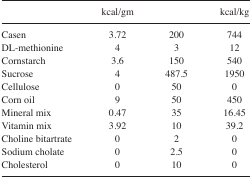
<table><thead><tr><td>[EMPTY_CELL]</td><td><b>kcal/gm</b></td><td>[EMPTY_CELL]</td><td><b>kcal/kg</b></td></tr></thead><tbody><tr><td>Casen</td><td>3.72</td><td>200</td><td>744</td></tr><tr><td>DL-methionine</td><td>4</td><td>3</td><td>12</td></tr><tr><td>Cornstarch</td><td>3.6</td><td>150</td><td>540</td></tr><tr><td>Sucrose</td><td>4</td><td>487.5</td><td>1950</td></tr><tr><td>Cellulose</td><td>0</td><td>50</td><td>0</td></tr><tr><td>Corn oil</td><td>9</td><td>50</td><td>450</td></tr><tr><td>Mineral mix</td><td>0.47</td><td>35</td><td>16.45</td></tr><tr><td>Vitamin mix</td><td>3.92</td><td>10</td><td>39.2</td></tr><tr><td>Choline bitartrate</td><td>0</td><td>2</td><td>0</td></tr><tr><td>Sodium cholate</td><td>0</td><td>2.5</td><td>0</td></tr><tr><td>Cholesterol</td><td>0</td><td>10</td><td>0</td></tr></tbody></table>